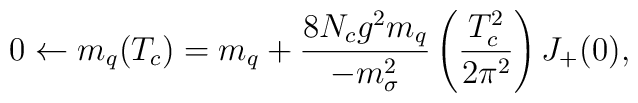
0\leftarrow m_q(T_c) = m_q + \frac{8 N_c g^2 m_q}{-m^2_{\sigma }}\left(\frac{T^2_c}{2 \pi ^2} \right)J_+(0),